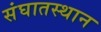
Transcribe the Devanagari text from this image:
संघातस्थान